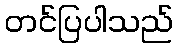
တင်ပြပါသည်